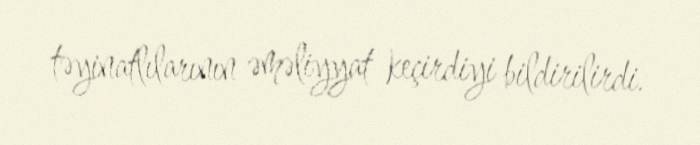
təyinatlılarının əməliyyat keçirdiyi bildirilirdi.